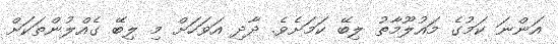
އަންނަ ކަމުގެ މައުލޫމާތު ލިބޭ ކަމަށެވެ. ދާދި އަވަހަށް މި ލިބޭ ގެއްލުންތަކަށް